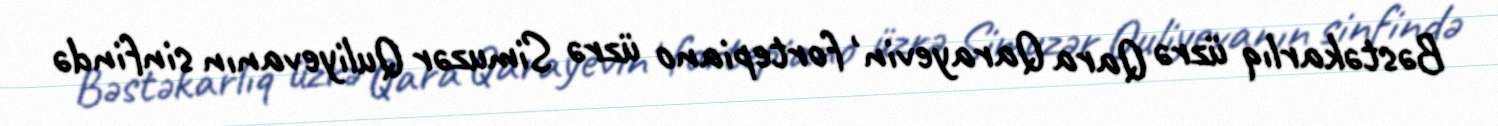
Bəstəkarlıq üzrə Qara Qarayevin , fortepiano üzrə Simuzər Quliyevanın sinfində